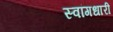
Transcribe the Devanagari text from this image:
स्वांगधारी